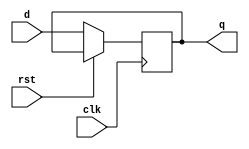
module d_ff_rst(
	input d,
	input rst,
	input clk,
	output q);

reg q;

always @(posedge clk)
begin
	if(!rst)
		q <= d;
end

endmodule